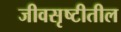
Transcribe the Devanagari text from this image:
जीवसृष्टीतील